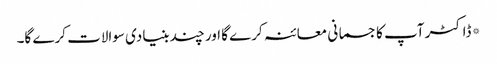
*ڈاکٹر آپ کا جسمانی معائنہ کرے گا اور چند بنیادی سوالات کرے گا۔